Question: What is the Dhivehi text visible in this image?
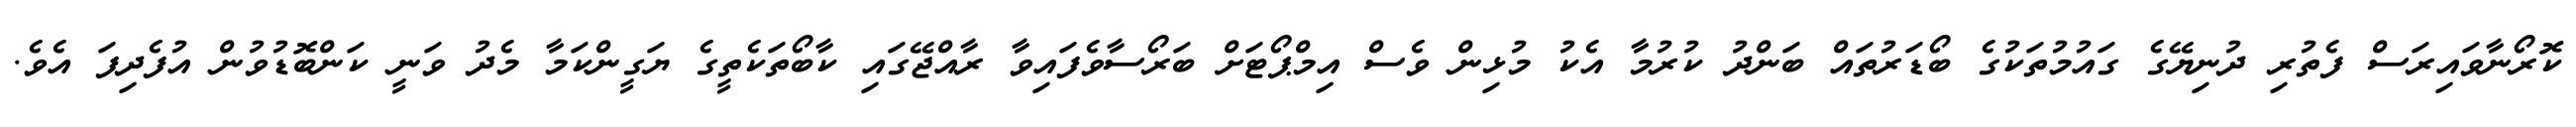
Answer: ކޮރޯނާވައިރަސް ފެތުރި ދުނިޔޭގެ ގައުމުތަކުގެ ބޯޑަރުތައް ބަންދު ކުރުމާ އެކު މުޅިން ވެސް އިމްޕޯޓަށް ބަރޯސާވެފައިވާ ރާއްޖޭގައި ކާބޯތަކެތީގެ ޔަގީންކަމާ މެދު ވަނީ ކަންބޮޑުވުން އުފެދިފަ އެވެ.